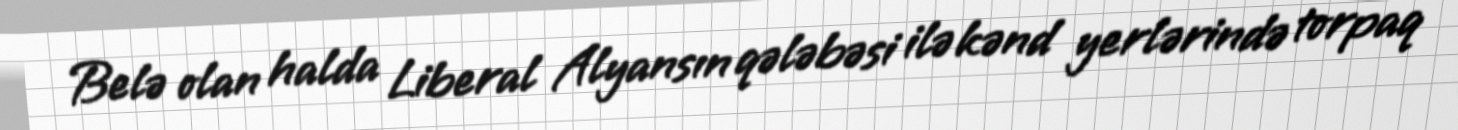
Belə olan halda Liberal Alyansın qələbəsi ilə kənd yerlərində torpaq